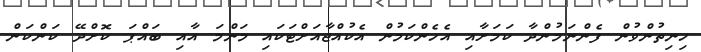
ހިނިތުންވުން ފެންނަމުންދާ ކަމަށާއި އެހެންކަމުން އެކުއްޖާއަށްޓަކައި މަންމަ އާއި ބައްޕަ ކޮށްދޭ ކަންކަން